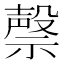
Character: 𮂐